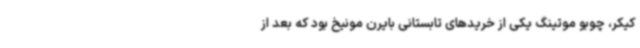
کیکر، چوبو موتینگ یکی از خریدهای تابستانی بایرن مونیخ بود که بعد از